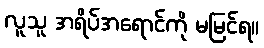
လူသူ အရိပ်အရောင်ကို မမြင်ရ။